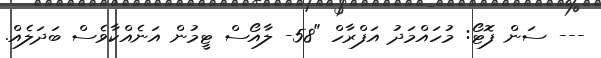
--- ސަން ފޮޓޯ: މުހައްމަދު އަފްރާހް "58- ލާއޯސް ޓީމުން އަނެއްކާވެސް ބަދަލެއް.